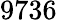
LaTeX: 9736